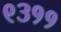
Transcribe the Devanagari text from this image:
९३११